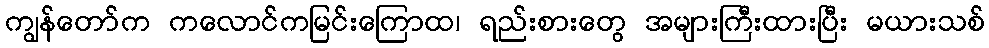
ကျွန်တော်က ကလောင်ကမြင်းကြောထ၊ ရည်းစားတွေ အများကြီးထားပြီး မယားသစ်